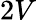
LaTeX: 2V